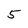
Character: 5